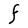
Character: F